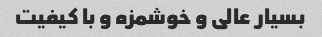
بسیار عالی و خوشمزه و با کیفیت